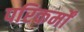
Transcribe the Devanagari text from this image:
परिकर्मों